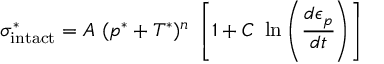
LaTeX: \sigma _ { \mathrm { { i n t a c t } } } ^ { * } = A ~ ( p ^ { * } + T ^ { * } ) ^ { n } ~ \left[ 1 + C ~ \ln \left( { \cfrac { d \epsilon _ { p } } { d t } } \right) \right]